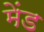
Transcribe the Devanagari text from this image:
मेंड